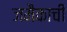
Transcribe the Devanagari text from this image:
जमैकाची